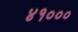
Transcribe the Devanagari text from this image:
४१०००